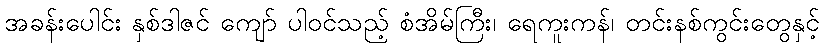
အခန်းပေါင်း နှစ်ဒါဇင် ကျော် ပါဝင်သည့် စံအိမ်ကြီး၊ ရေကူးကန်၊ တင်းနစ်ကွင်းတွေနှင့်